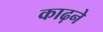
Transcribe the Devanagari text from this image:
काढ़ने